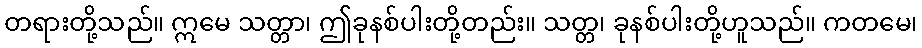
တရားတို့သည်။ ဣမေ သတ္တာ၊ ဤခုနစ်ပါးတို့တည်း။ သတ္တ၊ ခုနစ်ပါးတို့ဟူသည်။ ကတမေ၊